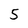
Character: 5